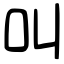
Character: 叫